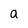
Character: a